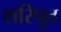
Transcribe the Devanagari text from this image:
शरिपुत्त